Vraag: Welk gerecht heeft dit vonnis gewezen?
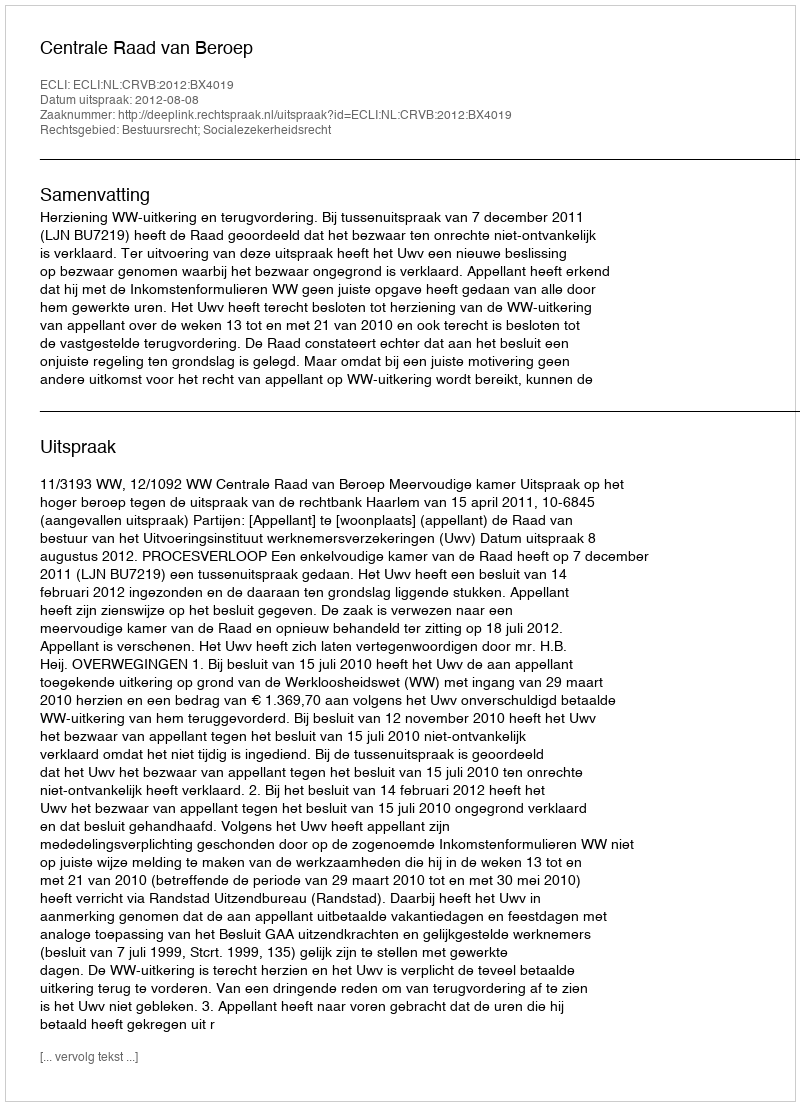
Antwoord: Centrale Raad van Beroep